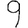
Digit: 9